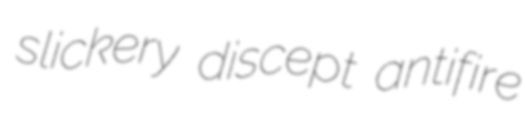
slickery discept antifire